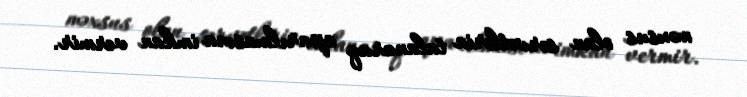
məxsus olan sərvətlərin talanaraq aparılmasına imkan vermir.